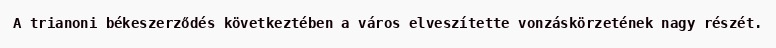
A trianoni békeszerződés következtében a város elveszítette vonzáskörzetének nagy részét.